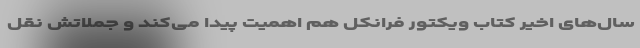
سال‌های اخیر کتاب ویکتور فرانکل هم اهمیت پیدا می‌کند و جملاتش نقل